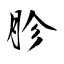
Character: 胗